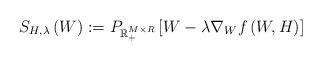
LaTeX: \begin{align*}S_{H,\lambda} \left(W \right) := P_{\mathbb{R}_+^{M \times R}}\left[ W - \lambda \nabla_W f\left(W, H \right) \right]\end{align*}